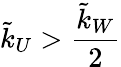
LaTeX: \tilde{k}_{U}>\frac{\tilde{k}_{W}}{2}